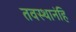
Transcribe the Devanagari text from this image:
तवस्थानंहि